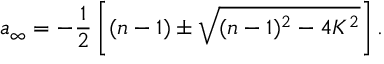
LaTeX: a _ { \infty } = - \frac 1 2 \left[ ( n - 1 ) \pm \sqrt { ( n - 1 ) ^ { 2 } - 4 K ^ { 2 } } \right] .